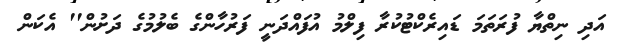
އަދި ނިތްޔާ ފުރަތަމަ ޑައިރެކްޓުކުރާ ފިލްމު އުފައްދަނީ ފަރުހާންގެ ބެލުމުގެ ދަށުން'' އެކަން